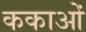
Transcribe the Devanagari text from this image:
ककाओं